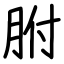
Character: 胕